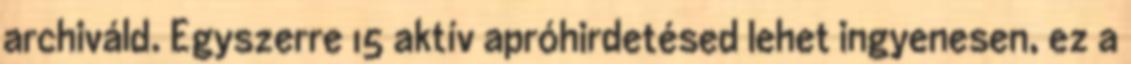
archiváld. Egyszerre 15 aktív apróhirdetésed lehet ingyenesen, ez a